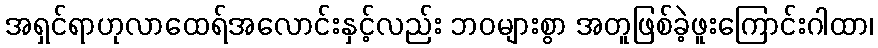
အရှင်ရာဟုလာထေရ်အလောင်းနှင့်လည်း ဘဝများစွာ အတူဖြစ်ခဲ့ဖူးကြောင်းဂါထာ၊